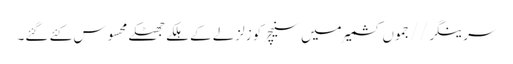
سرینگر//جموں کشمیر میں سنیچر کو زلزلے کے ہلکے جھٹکے محسوس کئے گئے۔